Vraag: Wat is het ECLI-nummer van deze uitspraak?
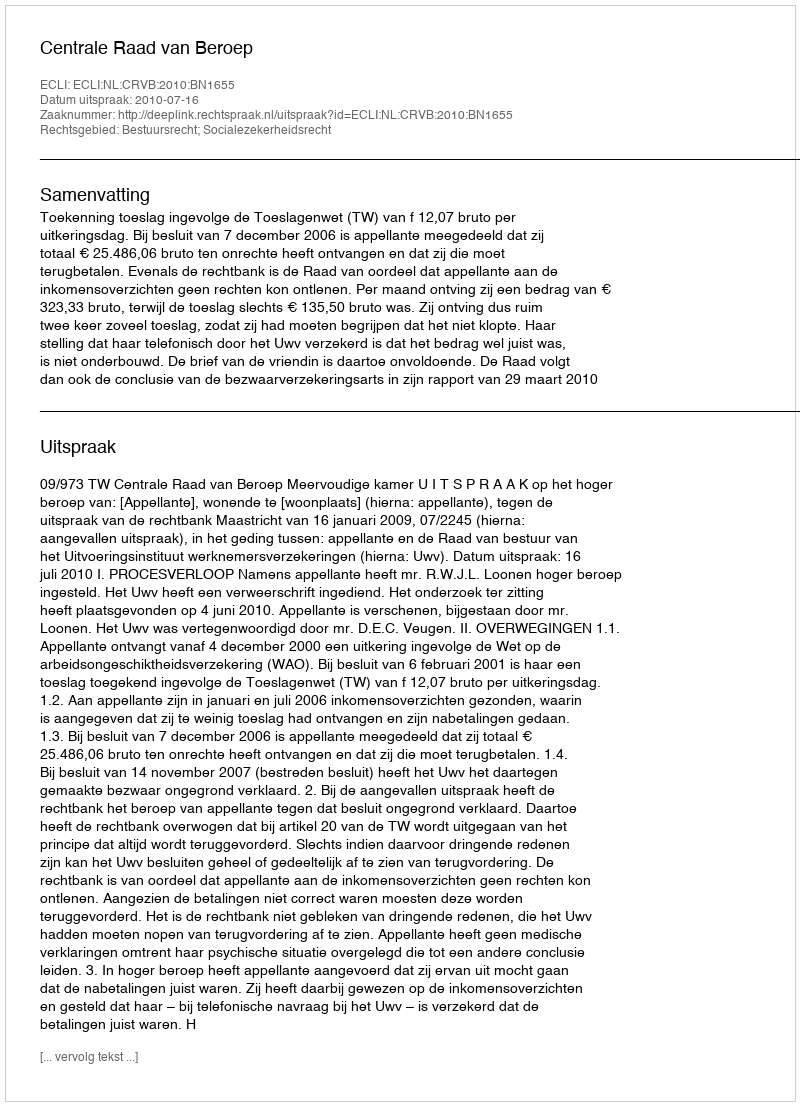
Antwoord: ECLI:NL:CRVB:2010:BN1655